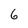
Character: 6